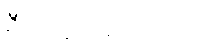
ဦးအောင်မင်းသည်